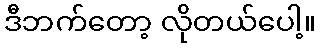
ဒီဘက်တော့ လိုတယ်ပေါ့။